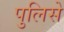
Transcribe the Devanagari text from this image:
पुलिसे